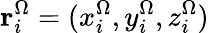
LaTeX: \mathbf{r}_{i}^{\Omega}=(x_{i}^{\Omega},y_{i}^{\Omega},z_{i}^{\Omega})